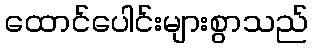
ထောင်ပေါင်းများစွာသည်